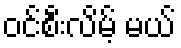
ဝင်စီးလိမ့် မယ်